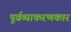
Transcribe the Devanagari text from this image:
पूर्वव्याकरणकार